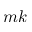
m k